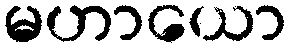
မဟာယော